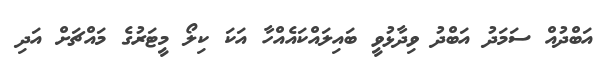
އަބްދުއް ސަމަދު އަބްދު ވިދާޅުވީ ބައިލައްކައެއްހާ އަކަ ކިލޯ މީޓަރުގެ މައްޗަށް އަދި